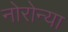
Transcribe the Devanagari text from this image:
नोरोन्या